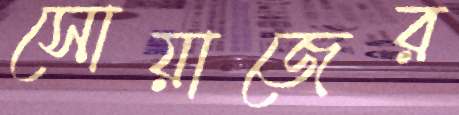
সোয়াজের